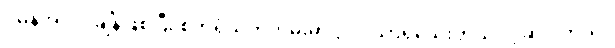
ပုံမှန်အလုပ်ချိန်ဖြစ်ပြီး စက်ရုံသက်တမ်းမှာ ၃ လသာရှိသေးတယ်လို့ ဆိုပါတယ်။